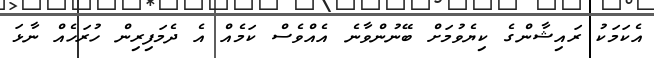
އެކަމަކު ރައިޝާންގެ ކިޔެވުމަށް ބޭނުންވާނެ އެއްވެސް ކަމެއް އެ ދެމަފިރިން ހުރަހެއް ނާޅަ